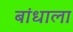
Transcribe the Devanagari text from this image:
बांधाला